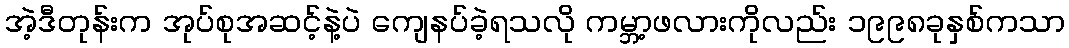
အဲ့ဒီတုန်းက အုပ်စုအဆင့်နဲ့ပဲ ကျေနပ်ခဲ့ရသလို ကမ္ဘာ့ဖလားကိုလည်း ၁၉၉၈ခုနှစ်ကသာ